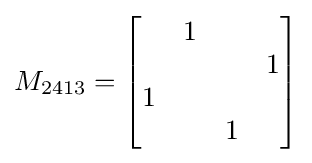
M_{2413}={\begin{bmatrix}&1&&\\&&&1\\1&&&\\&&1&\end{bmatrix}}